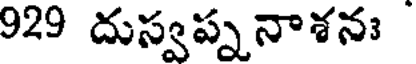
929 దుస్వప్ననాశనః